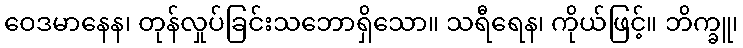
ဝေဒမာနေန၊ တုန်လှုပ်ခြင်းသဘောရှိသော။ သရီရေန၊ ကိုယ်ဖြင့်။ ဘိက္ခူ၊